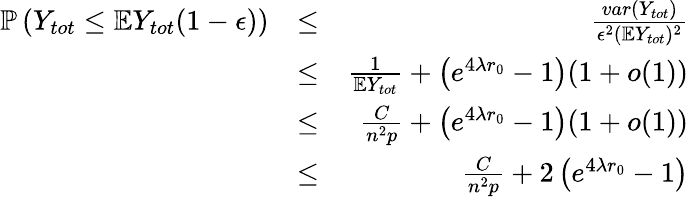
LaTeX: \begin{array}{rlr}{\mathbb{P}\left(Y_{tot}\leq\mathbb{E}Y_{tot}(1-\epsilon)\right)}&{\leq}&{\frac{var(Y_{tot})}{\epsilon^{2}(\mathbb{E}Y_{tot})^{2}}}\\ &{\leq}&{\frac{1}{\mathbb{E}Y_{tot}}+\left(e^{4\lambda r_{0}}-1\right)(1+o(1))}\\ &{\leq}&{\frac{C}{n^{2}p}+\left(e^{4\lambda r_{0}}-1\right)(1+o(1))}\\ &{\leq}&{\frac{C}{n^{2}p}+2\left(e^{4\lambda r_{0}}-1\right)}\end{array}